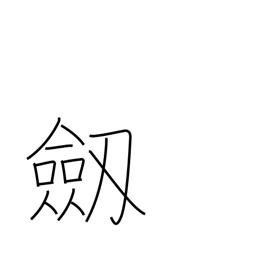
Meaning: sword